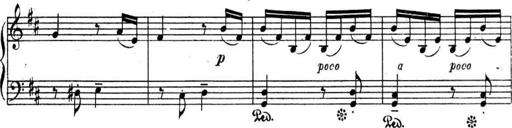
Title: Sonatines
Composer: Hedwige ChrÃ©tien